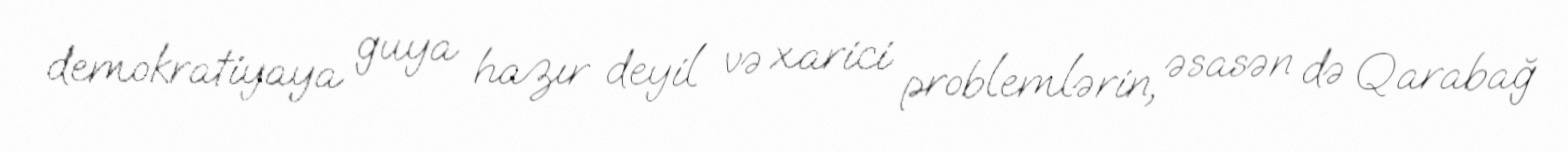
demokratiyaya guya hazır deyil və xarici problemlərin, əsasən də Qarabağ